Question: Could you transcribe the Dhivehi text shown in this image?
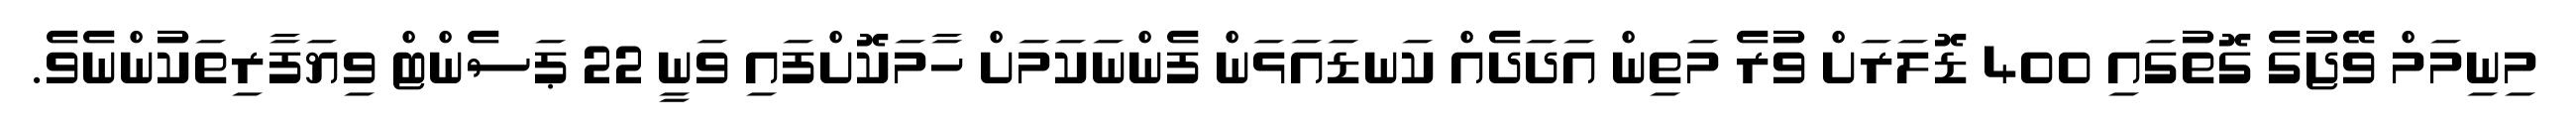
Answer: މިނިމަމް ވޭޖުގެ ގޮތުގައި 400 ޑޮލަރަށް ވުރެ މަތިން އަދަދެއް ކަނޑައަޅަން ފެންނަކަމަށް ހާމަކޮށްފައި ވަނީ 22 ޕަސެންޓް ވިޔަފާރިތަކުންނެވެ.